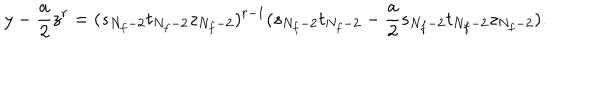
LaTeX: y - \frac { a } { 2 } z ^ { r } = ( s _ { N _ { f } - 2 } t _ { N _ { f } - 2 } z _ { N _ { f } - 2 } ) ^ { r - 1 } ( s _ { N _ { f } - 2 } t _ { N _ { f } - 2 } - \frac { a } { 2 } s _ { N _ { f } - 2 } t _ { N _ { f } - 2 } z _ { N _ { f } - 2 } ) .